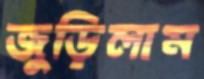
জুড়িলাম